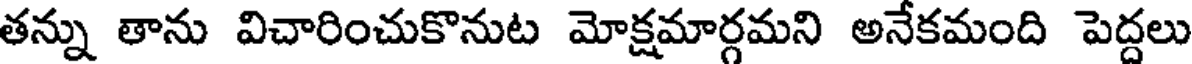
తన్ను తాను విచారించుకొనుట మోక్షమార్గమని అనేకమంది పెద్దలు